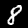
Digit: 8